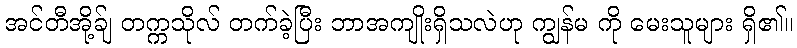
အင်တီအို့ခ်ျ တက္ကသိုလ် တက်ခဲ့ပြီး ဘာအကျိုးရှိသလဲဟု ကျွန်မ ကို မေးသူများ ရှိ၏။